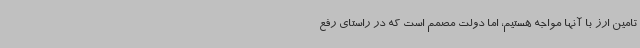
تامین ارز با آنها مواجه هستیم، اما دولت مصمم است که در راستای رفع